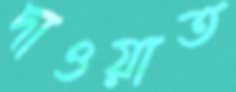
দাওয়াত